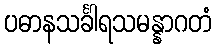
ပဓာနသင်္ခါရသမန္နာဂတံ